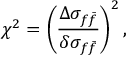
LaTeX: \chi ^ { 2 } = \left( \frac { \Delta \sigma _ { f \bar { f } } } { \delta \sigma _ { f \bar { f } } } \right) ^ { 2 } ,